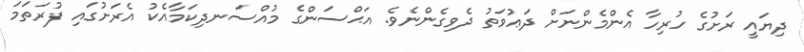
ދިޔައީ ރަށުގެ ހުރިހާ އެންމެންނަށް ދަޢުވަތު ދެވިގެންނެވެ. އަޙްސަންގެ މުއްސަނދިކަމާއެކު އެރަށުގައި ފުރަތަމަ